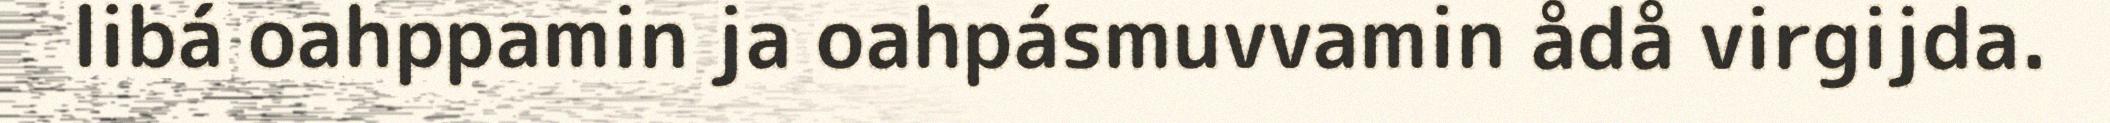
libá oahppamin ja oahpásmuvvamin ådå virgijda.